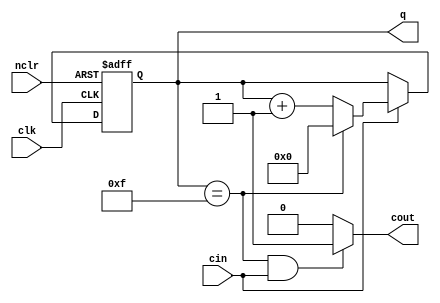
module ucounter(clk,nclr,cin,cout,q);
	parameter maxcnt=15; //default =HEX counter
	input clk;
	input nclr;
	input cin;
	output cout;
	output [3:0] q;
	reg [3:0] cnt;
	
	assign q=cnt;
	
	always @(posedge clk or negedge nclr) begin
		if(nclr==1'b0) begin
			cnt=4'h0;
		end
		else begin
			if(cin==1'b1) begin
				if(cnt==maxcnt)
					cnt=4'h0;
				else
					cnt=cnt+1;
			end
		end
	end
	
	assign cout=((cnt==maxcnt) && (cin==1'b1)) ? 1'b1 : 1'b0;
endmodule